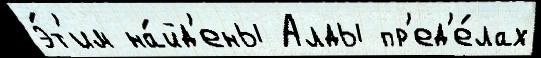
э́т'им на́йд'ены Алды пр'ед'е́лах